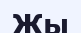
Жы